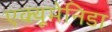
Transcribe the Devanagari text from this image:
एक्यूमेनिडा